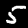
Label: 5